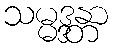
သမ္မဒ္ဒန္တာ